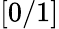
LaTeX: [0/1]